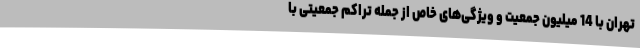
تهران با 14 میلیون جمعیت و ویژگی‌های خاص از جمله تراکم جمعیتی با